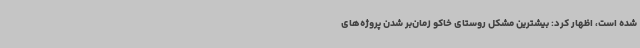
شده است، اظهار کرد: بیشترین مشکل روستای خاکو زمان‌بر شدن پروژه‌های